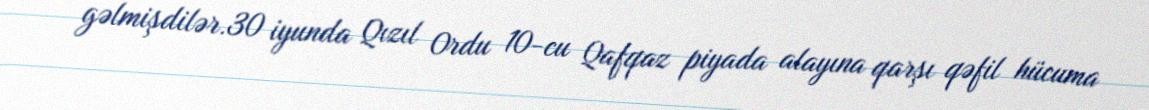
gəlmişdilər.30 iyunda Qızıl Ordu 10-cu Qafqaz piyada alayına qarşı qəfil hücuma